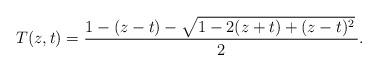
LaTeX: \begin{align*} T(z,t) = \frac{1 - (z-t) - \sqrt{1 - 2(z+t) + (z-t)^{2}}\,}{2}. \end{align*}